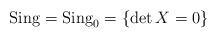
LaTeX: \begin{align*} \operatorname{Sing} = \operatorname{Sing}_0=\left\{ \det X = 0 \right\} \end{align*}